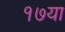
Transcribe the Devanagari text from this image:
१७या